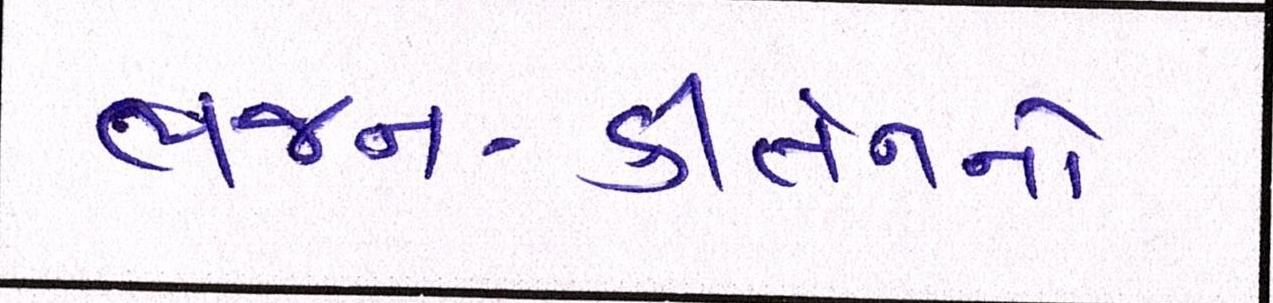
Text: ભજન-કીર્તનનો